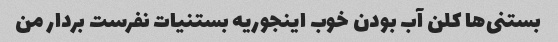
بستنی‌ها کلن آب بودن خوب اینجوریه بستنیات نفرست بردار من